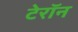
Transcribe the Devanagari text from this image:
टेरॉन